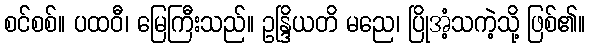
စင်စစ်။ ပထဝီ၊ မြေကြီးသည်။ ဥန္ဒြိယတိ မညေ၊ ပြိုအံ့သကဲ့သို့ ဖြစ်၏။